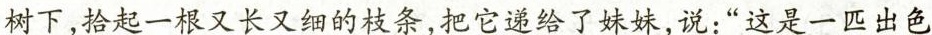
树下，拾起一根又长又细的枝条，把它递给了妹妹，说：“这是一匹出色